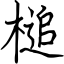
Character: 槌